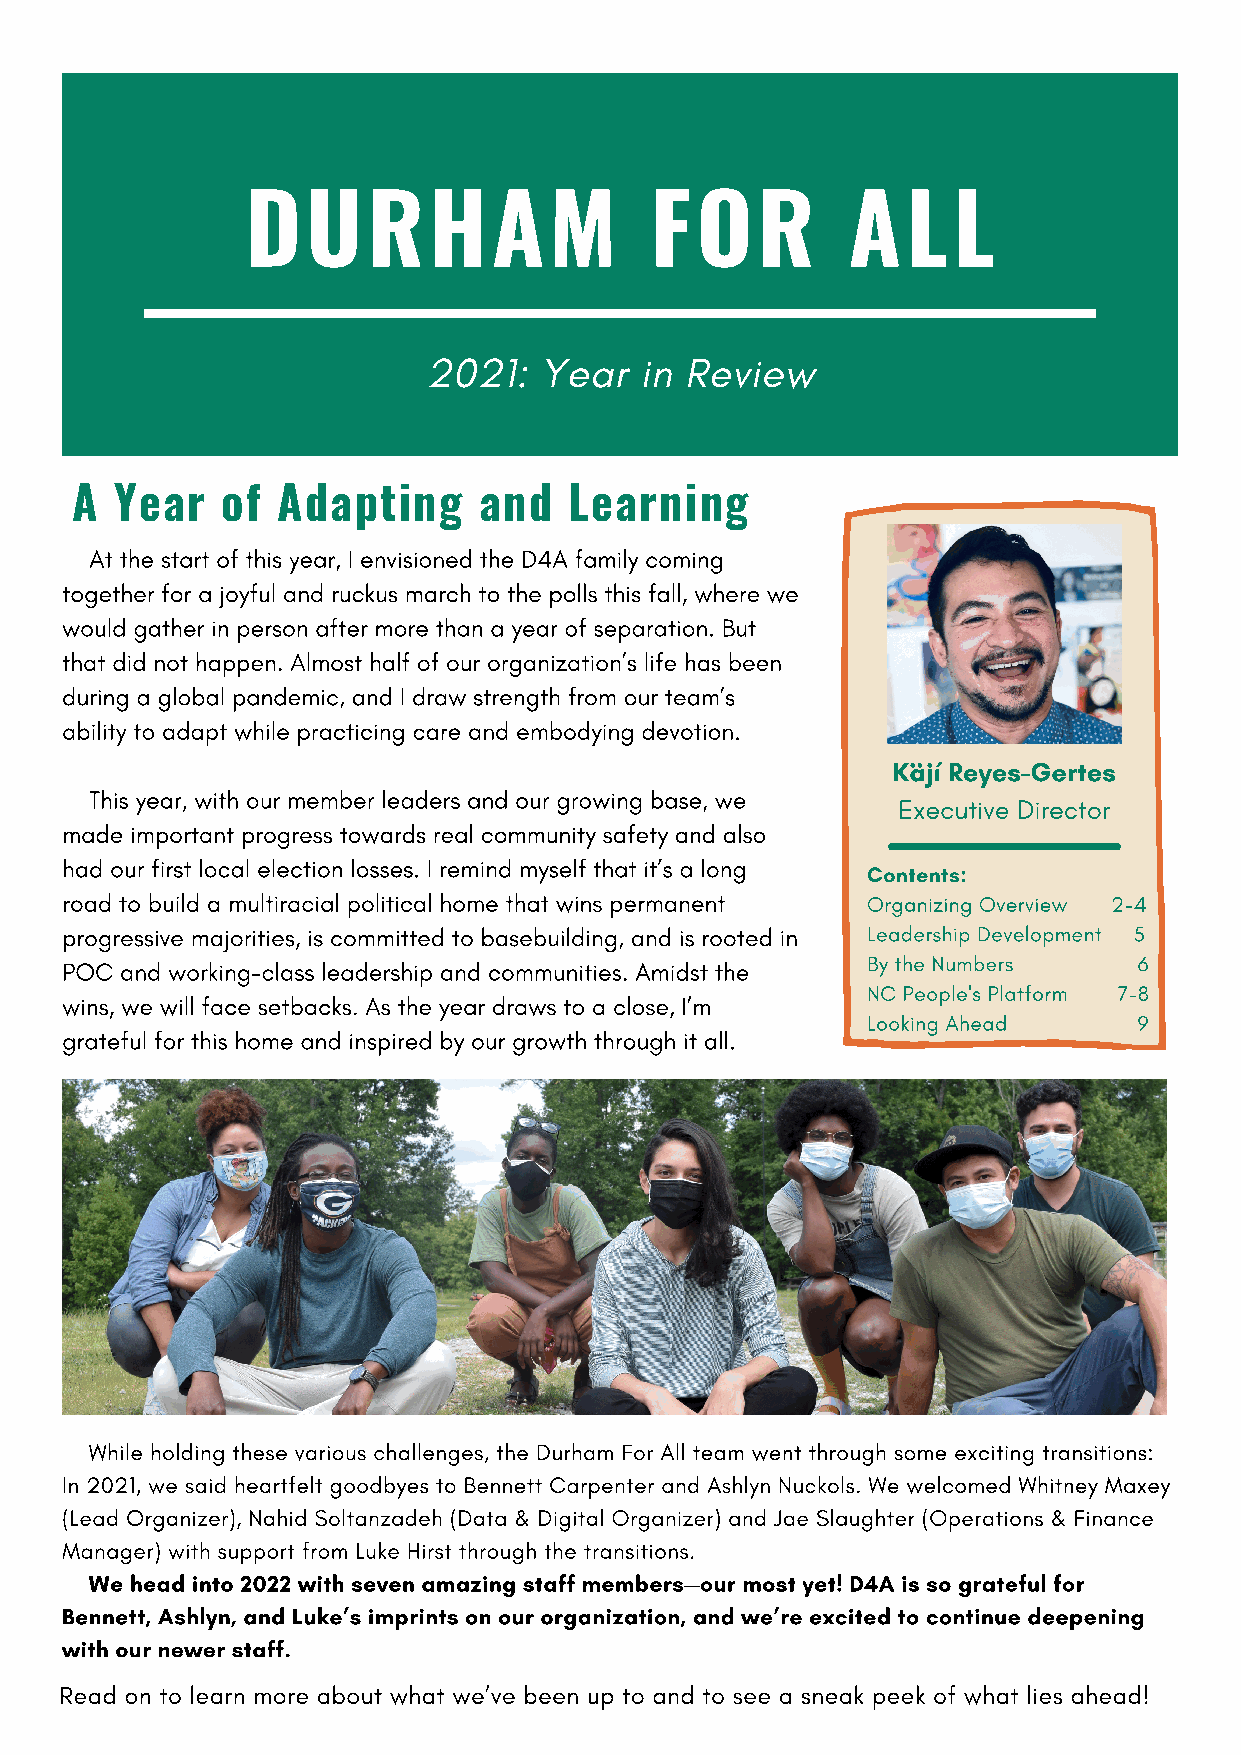
DURHAM                     FOR          ALL
 2021:   Year  in Review
 A  Year   of Adapting      and   Learning
 At the start of this year, I envisioned the D4A family coming
 together for a joyful and ruckus march to the polls this fall, where we
 would gather in person after more than a year of separation. But
 that did not happen. Almost half of our organization’s life has been
 during a global pandemic, and I draw strength from our team’s
 ability to adapt while practicing care and embodying devotion.
 Käjí Reyes-Gertes
 This year, with our member leaders and our growing base, we
 Executive Director
 made important progress towards real community safety and also
 had our first local election losses. I remind myself that it’s a long
 Contents:
 road to build a multiracial political home that wins permanent Organizing Overview 2-4
 progressive majorities, is committed to basebuilding, and is rooted in Leadership Development 5
 POC and working-class leadership and communities. Amidst the By the Numbers 6
 NC People's Platform 7-8
 wins, we will face setbacks. As the year draws to a close, I’m
 Looking Ahead     9
 grateful for this home and inspired by our growth through it all.
 While holding these various challenges, the Durham For All team went through some exciting transitions:
 In 2021, we said heartfelt goodbyes to Bennett Carpenter and Ashlyn Nuckols. We welcomed Whitney Maxey
 (Lead Organizer), Nahid Soltanzadeh (Data & Digital Organizer) and Jae Slaughter (Operations & Finance
 Manager) with support from Luke Hirst through the transitions.
 We head into 2022 with seven amazing staff members—our most yet! D4A is so grateful for
 Bennett, Ashlyn, and Luke’s imprints on our organization, and we’re excited to continue deepening
 with our newer staff.
 Read on to learn more about what we’ve been up to and to see a sneak peek of what lies ahead!